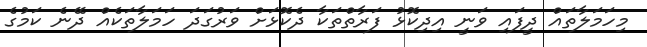
މިހަމަލާތައް ދީފައި ވަނީ އިދިކޮޅު ފަރާތްތަކާ ދެކޮޅަށް ވަރުގަދަ ހަމަލާތަކެއް ދޭނެ ކަމުގެ